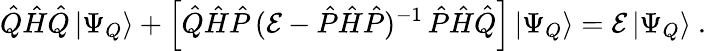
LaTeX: \hat{Q}\hat{H}\hat{Q}\, |\Psi_{Q}\rangle+\Big[\hat{Q}\hat{H}\hat{P}\, (\mathcal{E}-\hat{P}\hat{H}\hat{P})^{-1}\, \hat{P}\hat{H}\hat{Q}\Big]\, |\Psi_{Q}\rangle=\mathcal{E}\, |\Psi_{Q}\rangle~.